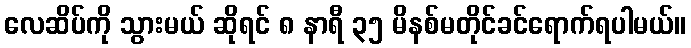
လေဆိပ်ကို သွားမယ် ဆိုရင် ၈ နာရီ ၃၅ မိနစ်မတိုင်ခင်ရောက်ရပါမယ်။